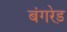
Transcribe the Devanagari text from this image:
बंगरेड़